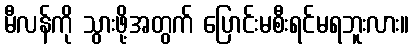
မီလန်ကို သွားဖို့အတွက် ပြောင်းမစီးရင်မရဘူးလား။